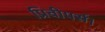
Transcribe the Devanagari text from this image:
प्रिवीपर्स।